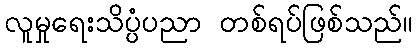
လူမှုရေးသိပ္ပံပညာ တစ်ရပ်ဖြစ်သည်။